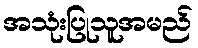
အသုံးပြုသူအမည်